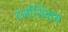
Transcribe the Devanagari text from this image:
दर्जाशिवाय